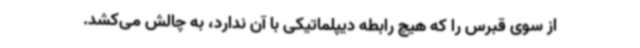
از سوی قبرس را که هیچ رابطه دیپلماتیکی با آن ندارد، به چالش می‌کشد.